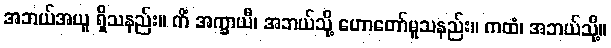
အဘယ်အယူ ရှိသနည်း။ ကိံ အက္ခာယီ၊ အဘယ်သို့ ဟောတော်မူသနည်း။ ကထံ၊ အဘယ်သို့။